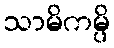
သာမိကမ္ပိ